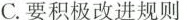
C.要积极改进规则